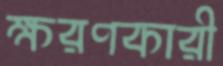
ক্ষরণকারী